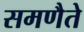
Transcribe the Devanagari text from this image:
समणैते